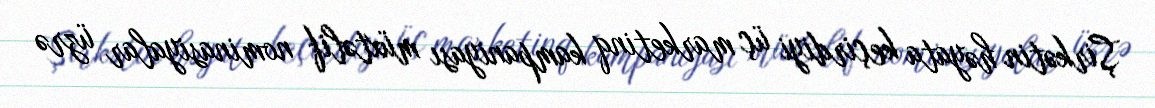
Şirkətin həyata keçirdiyi üç marketinq kampaniyası müxtəlif nominasiyalar üzrə